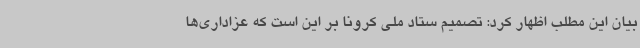
بیان این مطلب اظهار کرد: تصمیم ستاد ملی کرونا بر این است که عزاداری‌ها